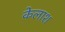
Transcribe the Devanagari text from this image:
केलाश